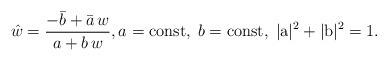
LaTeX: \begin{align*}\hat w = \frac{-\bar b +\bar a\,w}{a+b\,w},a={\rm const}, \; b=\rm const,\; |a|^2+|b|^2=1.\end{align*}